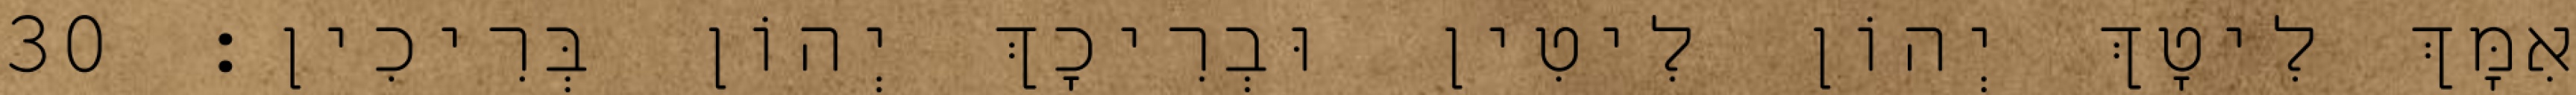
אִמָּךְ לִיטָךְ יְהוֹן לִיטִין וּבְרִיכָךְ יְהוֹן בְּרִיכִין׃ 30